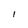
Character: l